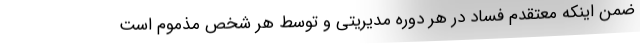
ضمن اینکه معتقدم فساد در هر دوره‌ مدیریتی و توسط هر شخص مذموم است